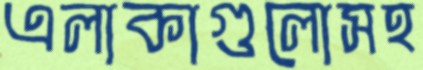
এলাকাগুলোসহ